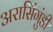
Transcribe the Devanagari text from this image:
अरासिंगुंडी